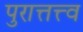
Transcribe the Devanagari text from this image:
पुरात्तत्त्व